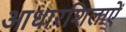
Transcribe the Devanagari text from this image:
आधारशिलाऐं